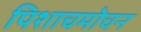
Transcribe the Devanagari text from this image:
पिशाचमोचन